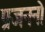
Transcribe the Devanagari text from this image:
प्रजननो